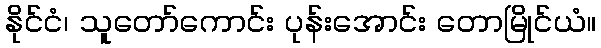
နိုင်ငံ၊ သူတော်ကောင်း ပုန်းအောင်း တောမြိုင်ယံ။